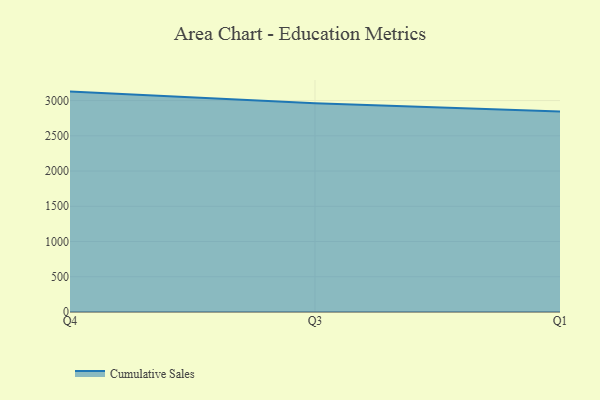
{"axis": {"x": "Quarter", "y": "Tickets Resolved"}, "legend": ["Cumulative Sales"], "data": [{"x": "Q4", "y": 3127.3, "type": "Cumulative Sales"}, {"x": "Q3", "y": 2963.1, "type": "Cumulative Sales"}, {"x": "Q1", "y": 2845.7, "type": "Cumulative Sales"}]}